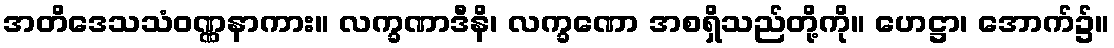
အတိဒေသသံဝဏ္ဏနာကား။ လက္ခဏာဒီနိ၊ လက္ခဏော အစရှိသည်တို့ကို။ ဟေဋ္ဌာ၊ အောက်၌။